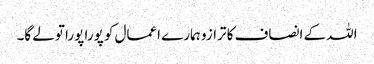
اللہ کے انصاف کا ترازو ہمارے اعمال کو پورا پورا تولے گا۔